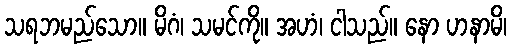
သရဘမည်သော။ မိဂံ၊ သမင်ကို။ အဟံ၊ ငါသည်။ နော ဟနာမိ၊